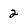
Character: 2